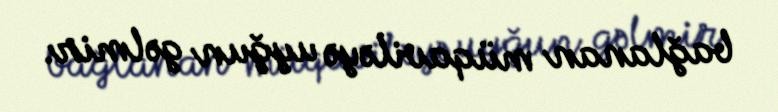
bağlanan müqaviləyə uyğun gəlmir.